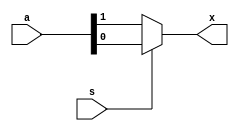
/*
 * Multiplexer
 * 
 * Paul Enrique Alonso Ramrez A01634608
 * Diseo con lgica programable
 * Grupo 101
 * Tecnolgico de Monterrey, Campus Guadalajara
 * Viernes 24 de febrero de 2023
 */

module multiplexer (
    input wire s,
    input wire [1:0] a,
    output reg x
);

    always @(a, s)
    begin
        x = s ? a[0] : a[1];
    end
endmodule